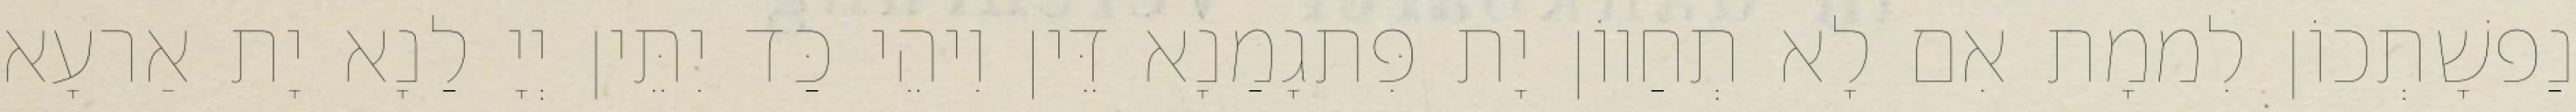
נַפשָׁתְכוֹן לִממָת אִם לָא תְחַווֹן יָת פִּתגָמַנָא דֵּין וִיהֵי כַּד יִתֵּין יְיָ לַנָא יָת אַרעָא